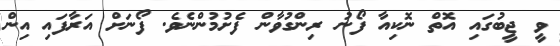
ވީ ޖީބުގައި އޮތް ނޮކިއާ ފޯނު ރިންގުވާން ފެށުމުންނެވެ. ފޯނަށް އަރާފައި އިން